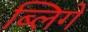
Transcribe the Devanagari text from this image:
ब्लिगे